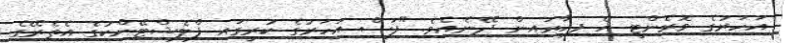
އަހަރުގެ ވޮރެންޓީ އެ ފިހާރައިން ދޭނެއެވެ. "ފަސް އަހަރުގެ ކުރީގައި ފްލެޝްޓޭންކުގެ އެތެރޭގެ